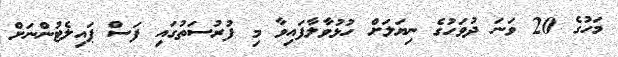
މަހުގެ 20 ވަނަ ދުވަހުގެ ނިޔަލަށް ހުޅުވާލާފައިވާ މި ފުރުސަތުގައި ފަސް ޕައިލެޓުންނަށް